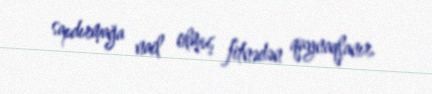
sapdırmağa nail olmuş fitnədən qaynaqlanır.